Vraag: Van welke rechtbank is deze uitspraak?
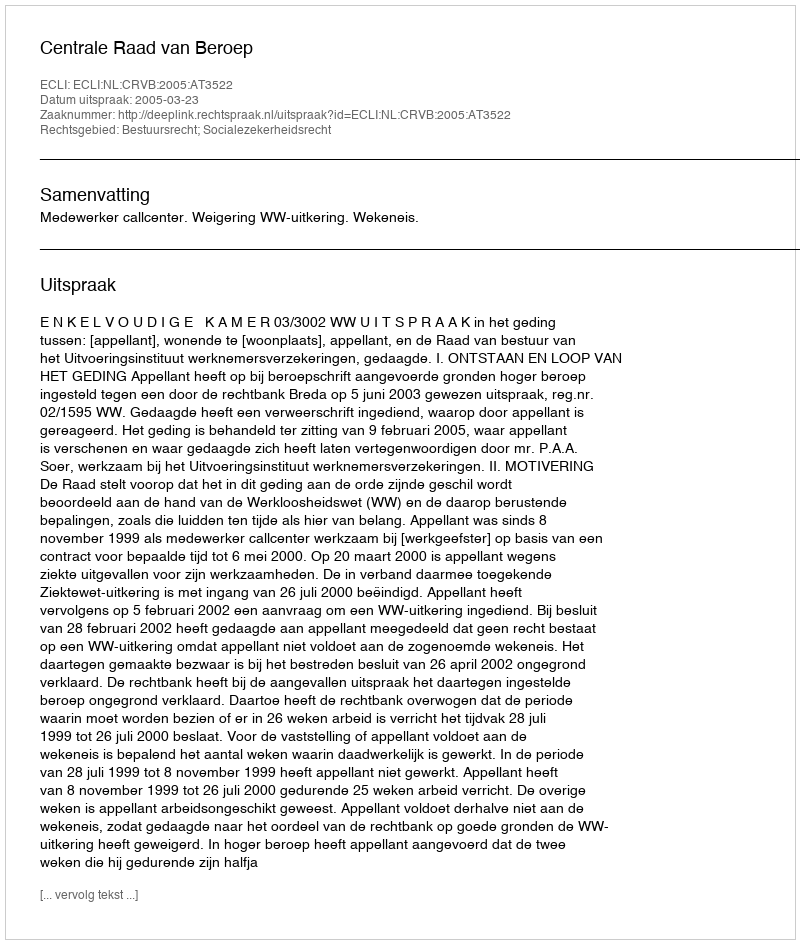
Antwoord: Centrale Raad van Beroep